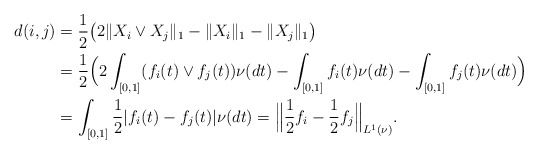
\begin{align*}d(i,j)&= \frac{1}{2}\big(2\|X_i\vee X_j\|_1-\|X_i\|_1-\|X_j\|_1\big)\\&= \frac{1}{2}\Big(2\int_{[0,1]} (f_i(t)\vee f_j(t)) \nu(dt)-\int_{[0,1]} f_i(t) \nu(dt)-\int_{[0,1]} f_j(t) \nu(dt)\Big)\\&= \int_{[0,1]}\frac{1}{2} |f_i(t)- f_j(t)| \nu(dt) = \Big\|\frac{1}{2}f_i-\frac{1}{2}f_j\Big\|_{L^1(\nu)}.\end{align*}